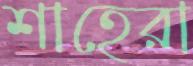
শাহেরা